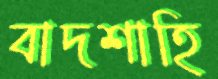
বাদশাহি